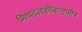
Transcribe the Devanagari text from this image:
मिथाइलकोबालामीन